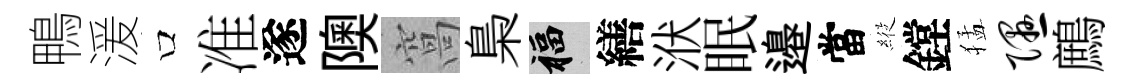
鴨湲口准遂隩窩梟福繕洑眠邉當𦂵鏜猛隰鷓